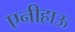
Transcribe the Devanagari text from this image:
एनीहाऊ